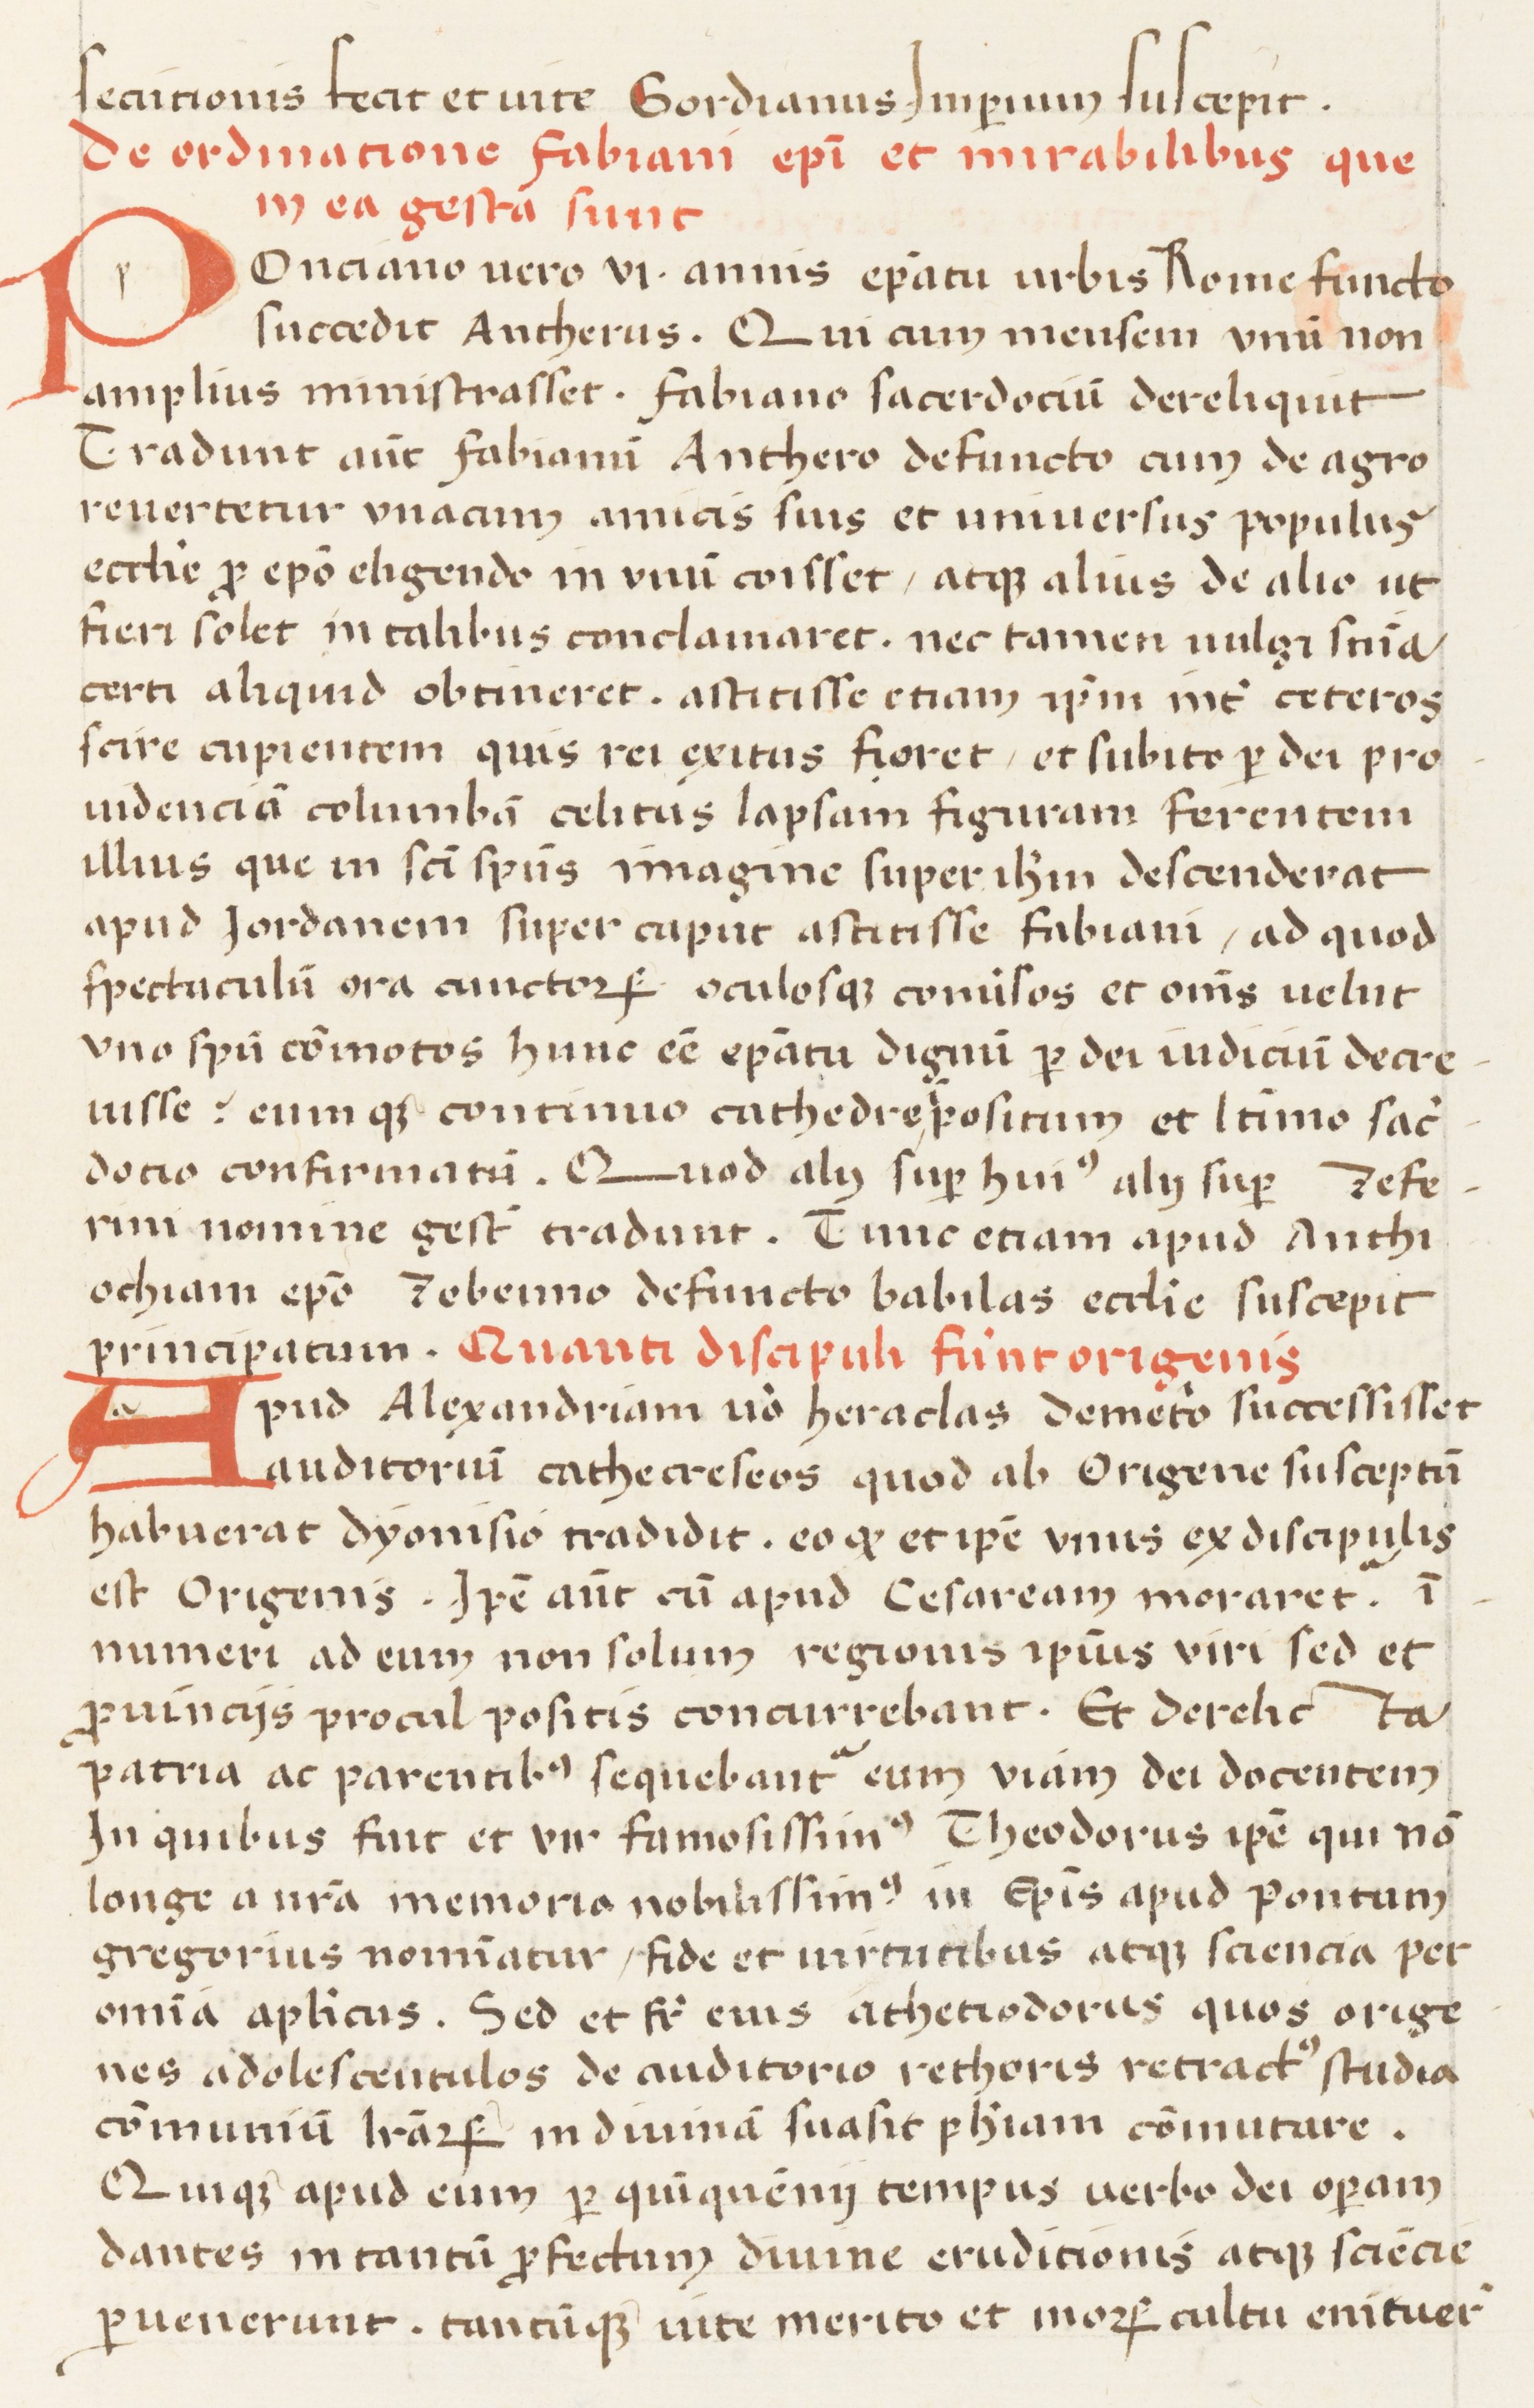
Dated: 1400–1599